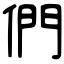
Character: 們